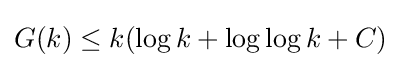
G(k)\leq k(\log k+\log \log k+C)